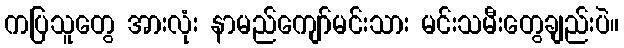
ကပြသူတွေ အားလုံး နာမည်ကျော်မင်းသား မင်းသမီးတွေချည်းပဲ။